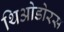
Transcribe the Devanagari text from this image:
थिओडोरस